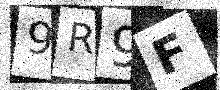
Text: 9R9F